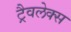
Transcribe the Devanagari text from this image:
ट्रैवलेक्स